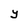
Character: Y